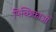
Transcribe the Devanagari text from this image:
पिच्छिकाओं